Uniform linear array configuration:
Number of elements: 16
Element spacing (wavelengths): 0.75
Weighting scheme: hann
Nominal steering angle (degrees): -15
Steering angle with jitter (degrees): -13.694
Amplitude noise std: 0.05
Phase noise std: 0.05

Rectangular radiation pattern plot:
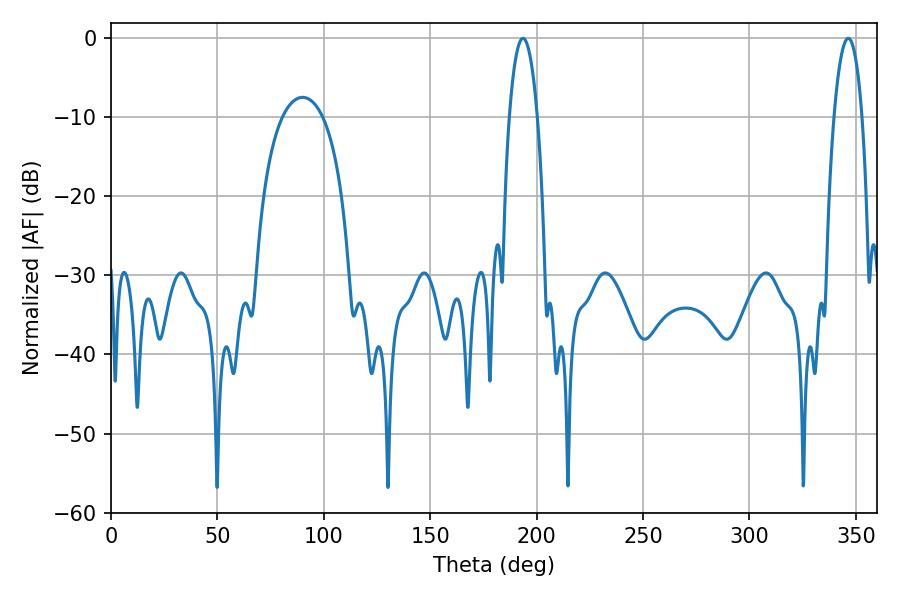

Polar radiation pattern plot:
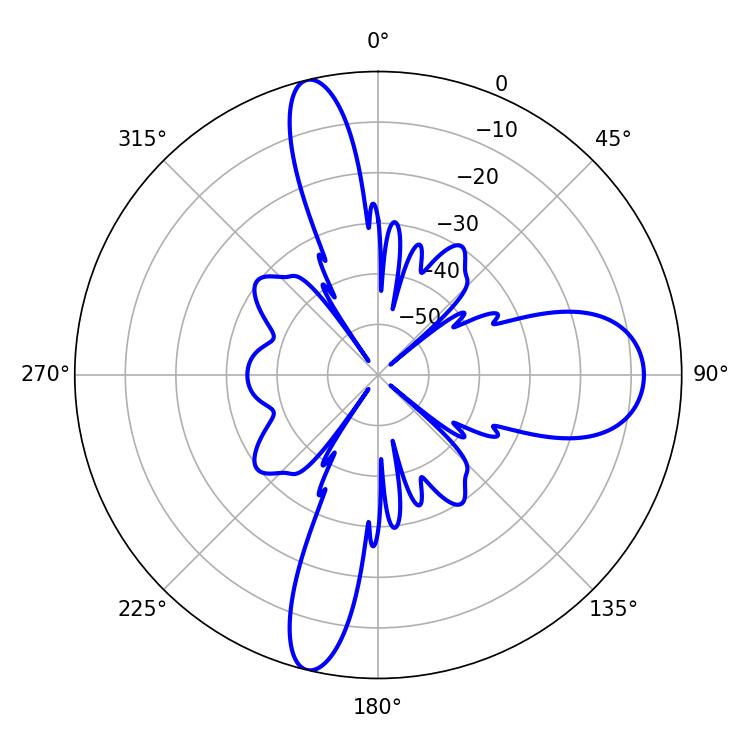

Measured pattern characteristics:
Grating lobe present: TRUE
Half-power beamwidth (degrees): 7.38
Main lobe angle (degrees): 193.5